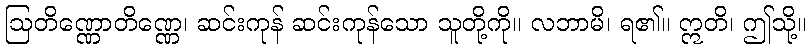
ဩတိဏ္ဏောတိဏ္ဏေ၊ ဆင်းကုန် ဆင်းကုန်သော သူတို့ကို။ လဘာမိ၊ ရ၏။ ဣတိ၊ ဤသို့။